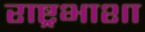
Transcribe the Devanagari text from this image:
राष्ट्रभाशा